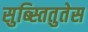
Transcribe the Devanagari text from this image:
सुब्स्तितुतेस